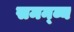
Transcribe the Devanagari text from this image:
समन्व्य